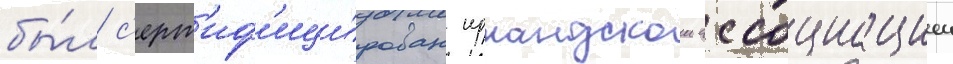
бы́л с'ерт'иф'ици́рован ирландскои ассоциациеи